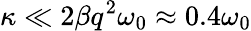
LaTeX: \kappa\ll 2\beta q^{2}\omega_{0}\approx 0.4\omega_{0}